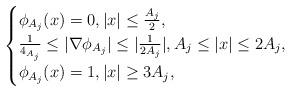
LaTeX: \begin{align*}\begin{cases}\phi_{A_{j}}(x)=0, |x|\leq \frac{A_{j}}{2},\\\frac{1}{4_{A_{j}}}\leq |\nabla \phi_{A_{j}}|\leq |\frac{1}{2A_{j}}|, A_{j}\leq |x|\leq 2A_{j},\\\phi_{A_{j}}(x)=1, |x|\geq 3A_{j},\end{cases}\end{align*}